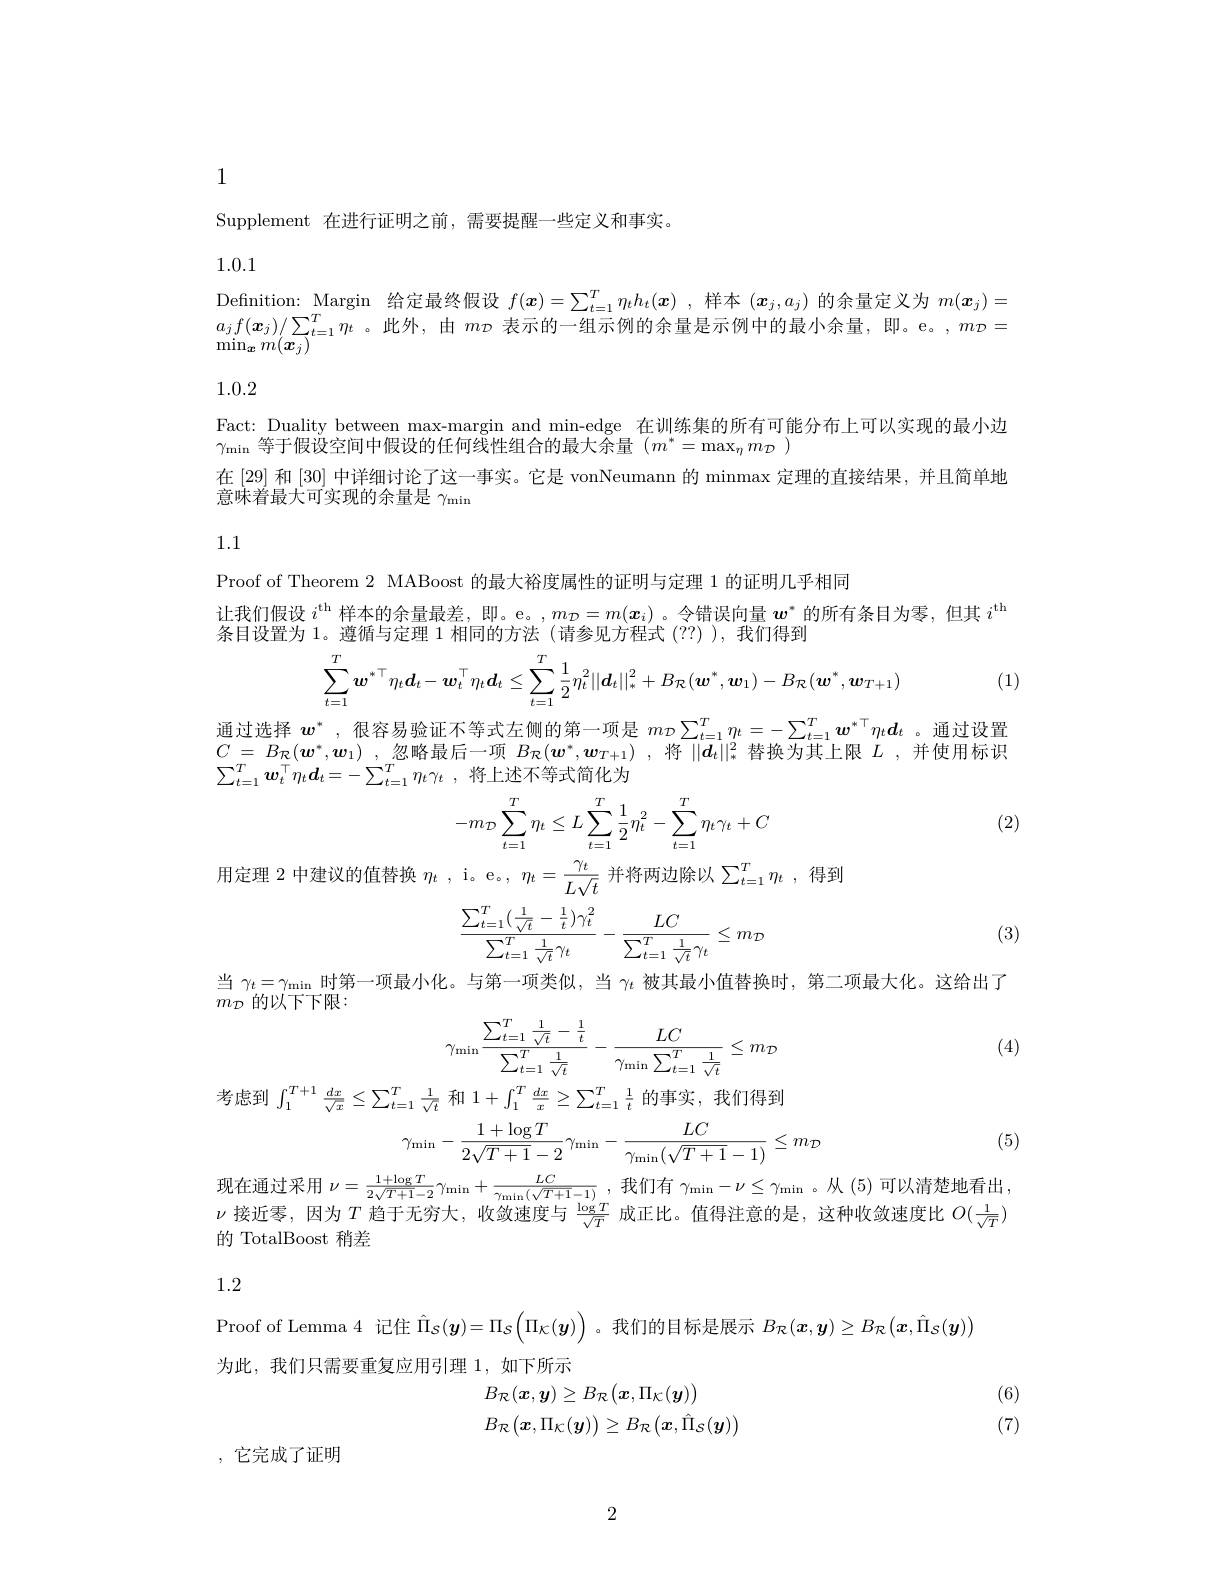
1

Supplement 在进行证明之前，需要提醒一些定义和事实。

1.0.1

Definition: Margin 给定最终假设$f(\boldsymbol{x})=\sum_{t=1}^T\eta_th_t(\boldsymbol{x})$ ,样本$(\boldsymbol{x}_j,a_j)$的余量定义为$m(\boldsymbol{x}_j)=$ $\begin{array}{l}a_jf(\boldsymbol{x}_j)/\sum_{t=1}^T\eta_t&\text{。此外，由 }m_\mathcal{D}&\text{表示的一组示例的余量是示例中的最小余量，即。e。},m_\mathcal{D}=\\\min_{\boldsymbol{x}}m(\boldsymbol{x}_j)\end{array}$

### 1.0.2

Fact: Duality between max-margin and min-edge 在训练集的所有可能分布上可以实现的最小边
$\gamma_{\mathrm{min}}$等于假设空间中假设的任何线性组合的最大余量($m^*=\max_\eta m_\mathcal{D})$
在[29] 和[30] 中详细讨论了这一事实。它是 vonNeumann 的 minmax 定理的直接结果，并且简单地
意味着最大可实现的余量是$\gamma_\mathrm{min}$

1.1

Proof of Theorem 2 MABoost 的最大裕度属性的证明与定理 1 的证明几乎相同
让 我 们 假 设 $i^\mathrm{th}$ 样 本 的 余 量 最 差 , 即 。e。$, m_{\mathcal{D} }= m( \boldsymbol{x}_i)$。令 错 误 向 量 $\boldsymbol{w}^*$ 的 所 有 条 目 为 零 , 但 其 $i^\mathrm{th}$ 名 口 沉 照 为 1 常 低 上 它 理 1 时 日 的 一 次 ( 1 ) 若 令 见 +和 十 (2 2 ) 的 所 有 条 目 为 零 , 但 其 $i^\mathrm{th}$
条目设置为 1。薄循与定理 1 相同的方法(请参见方程式(??)).我们得到

(1)
$$\sum_{t=1}^T\boldsymbol{w}^*{}^\top\eta_t\boldsymbol{d}_t-\boldsymbol{w}_t^\top\eta_t\boldsymbol{d}_t\leq\sum_{t=1}^T\frac{1}{2}\eta_t^2||\boldsymbol{d}_t||_*^2+B_{\mathcal{R}}(\boldsymbol{w}^*,\boldsymbol{w}_1)-B_{\mathcal{R}}(\boldsymbol{w}^*,\boldsymbol{w}_{T+1})$$
通过选择$w^*$,很容易验证不等式左侧的第一项是$m_{\mathcal{D}}\sum_{t=1}^T\eta_t=-\sum_{t=1}^T\boldsymbol{w}^{*\top}\eta_t\boldsymbol{d}_t$ 。通过设置

$C= B_{\mathcal{R} }( \boldsymbol{w}^{* }, \boldsymbol{w}_{1})$ , 忽略最后一项 $B_{\mathcal{R} }( \boldsymbol{w}^{* }, \boldsymbol{w}_{T+ 1})$ , 将$||\boldsymbol{d}_t||_{*}^{2}$ 替换为其上限$L$ ,并使用标识
$\sum _{t= 1}^{T}\boldsymbol{w}_{t}^{\top }\eta _{t}\boldsymbol{d}_{t}= - \sum _{t= 1}^{T}\eta _{t}\gamma _{t}$ ,将上述不等式简化为
$$\begin{aligned}-m_{\mathcal{D}}\sum_{t=1}^{T}\eta_{t}\leq L\sum_{t=1}^{T}\frac{1}{2}\eta_{t}^{2}-\sum_{t=1}^{T}\eta_{t}\gamma_{t}+C\end{aligned}$$
(2)

用定理 2 中建议的值替换$\eta_t$ , i。e。$,\eta_t=\frac{\gamma_t}{I\sqrt{t}}$并将两边除以$\sum_t=1^T\eta_t$ ,得到
$$\frac{\sum_{t=1}^T(\frac{1}{\sqrt{t}}-\frac{1}{t})\gamma_t^2}{\sum_{t=1}^T\frac{1}{\sqrt{t}}\gamma_t}-\frac{LC}{\sum_{t=1}^T\frac{1}{\sqrt{t}}\gamma_t}\leq m_\mathcal{D}$$
(3)

当$\gamma_t=\gamma_{\min}$时第一项最小化。与第一项类似，当$\gamma_t$被其最小值替换时，第二项最大化。这给出了
$m_{\mathcal{D}}$的以下下限：
$$\gamma_{\min}\frac{\sum_{t=1}^T\frac{1}{\sqrt{t}}-\frac{1}{t}}{\sum_{t=1}^T\frac{1}{\sqrt{t}}}-\frac{LC}{\gamma_{\min}\sum_{t=1}^T\frac{1}{\sqrt{t}}}\leq m_{\mathcal{D}}$$
考虑到$\int_1^T+1\frac{dx}{\sqrt{x}}\leq\sum_{t=1}^T\frac1{\sqrt{t}}$和$1+\int_1^T\frac{dx}x\geq\sum_{t=1}^T\frac1t$的事实，我们得到

(4)

(5)
$$\gamma_{\min}-\frac{1+\log T}{2\sqrt{T+1}-2}\gamma_{\min}-\frac{LC}{\gamma_{\min}(\sqrt{T+1}-1)}\leq m_{\mathcal{D}}$$
现在通过采用$\nu = \frac {1+ \log T}{2\sqrt {T+ 1}- 2}\gamma _{\min }+ \frac {LC}{\gamma _{\min }( \sqrt {T+ 1}- 1) }$ ,我们有$\gamma_{\min}-\nu\leq\gamma_{\min}$。从(5)可以清楚地看出$\nu$接近零，因为$T$趋于无穷大，收敛速度与$\frac\log{\prime}T{\sqrt{T}}$成正比。值得注意的是，这种收敛速度比$O(\frac1{\sqrt{T}})$

的 TotalBoost 稍差

1.2

Proof of Lemma 4 记住$\hat\Pi_S(\boldsymbol{y})=\Pi_S\left(\Pi_K(\boldsymbol{y})\right)$。我们的目标是展示$B_{\mathcal{R}}(\boldsymbol{x},\boldsymbol{y})\geq B_{\mathcal{R}}\left(\boldsymbol{x},\hat{\Pi}_{\mathcal{S}}(\boldsymbol{y})\right)$
为此，我们只需要重复应用引理 1,如下所示
$$\begin{aligned}&B_{\mathcal{R}}(\boldsymbol{x},\boldsymbol{y})\geq B_{\mathcal{R}}\big(\boldsymbol{x},\Pi_{\mathcal{K}}(\boldsymbol{y})\big)\\&B_{\mathcal{R}}\big(\boldsymbol{x},\Pi_{\mathcal{K}}(\boldsymbol{y})\big)\geq B_{\mathcal{R}}\big(\boldsymbol{x},\hat{\Pi}_{\mathcal{S}}(\boldsymbol{y})\big)\end{aligned}$$
(6) (7)

,它完成了证明

2